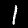
Label: 1